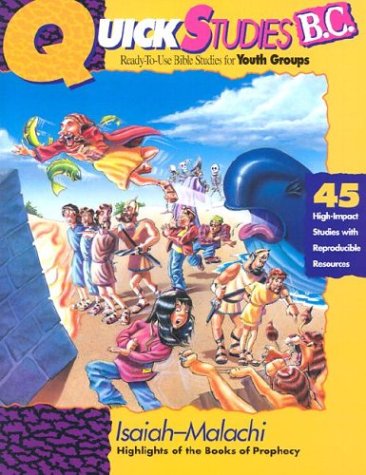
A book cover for Quick Studies - Isaiah-Malachi; Christian Books & Bibles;